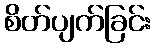
စိတ်ပျက်ခြင်း